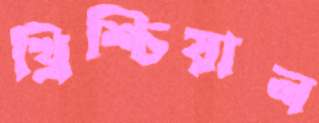
খ্রিশ্চিয়ান